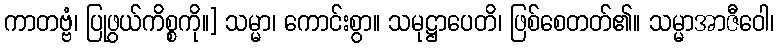
ကာတဗ္ဗံ၊ ပြုဖွယ်ကိစ္စကို။] သမ္မာ၊ ကောင်းစွာ။ သမုဋ္ဌာပေတိ၊ ဖြစ်စေတတ်၏။ သမ္မာအာဇီဝေါ၊